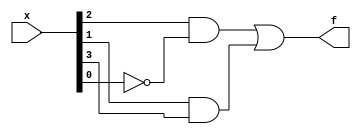
//2022_11_1 kerong
//Karnaugh map
module top_module (
    input [4:1] x, 
    output f );

assign f = x[3] & ~x[1] | x[2] & x[4];

endmodule